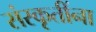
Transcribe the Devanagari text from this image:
संस्कृतींना